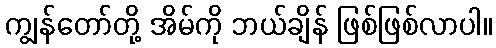
ကျွန်တော်တို့ အိမ်ကို ဘယ်ချိန် ဖြစ်ဖြစ်လာပါ။